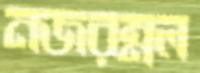
নজরম্নল